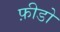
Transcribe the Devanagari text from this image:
फ़ीडो